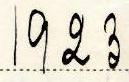
1923